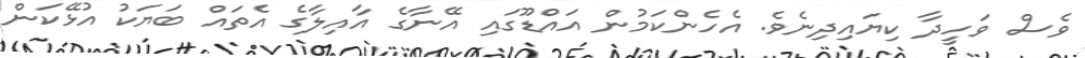
ވެސް ވަހީދާ ކިޔައިދިނެވެ. އެހެންކަމުން އައްޑޫގައި އޭނާގެ އާއިލާގެ އެތައް ބަޔަކު އުޅޭކަން